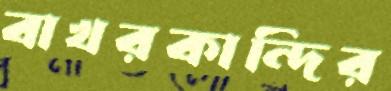
বাখরকান্দির